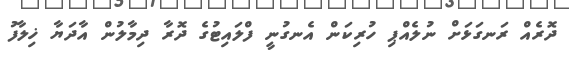
ދޮރެއް ރަނގަޅަށް ނުލެއްޕި ހުރިކަން އެނގުނީ ފްލައިޓުގެ ދޮރާ ދިމާލުން އާދަޔާ ޚިލާފު